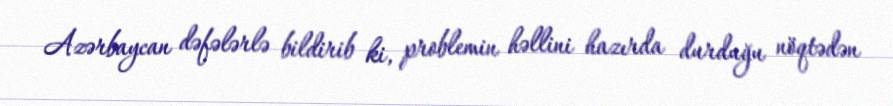
Azərbaycan dəfələrlə bildirib ki, problemin həllini hazırda durduğu nöqtədən